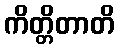
ကိတ္တိတာတိ